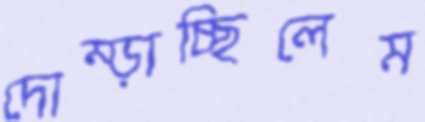
দোম্‌ড়াচ্ছিলেম